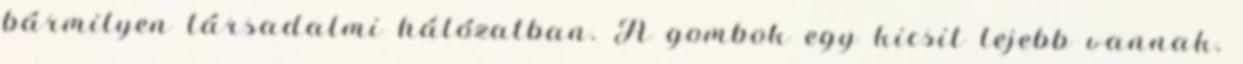
bármilyen társadalmi hálózatban. A gombok egy kicsit lejebb vannak.